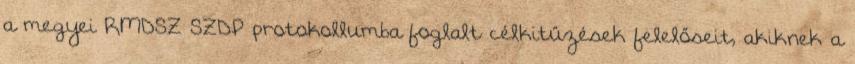
a megyei RMDSZ–SZDP protokollumba foglalt célkitűzések felelőseit, akiknek a